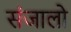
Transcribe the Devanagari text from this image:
संजालो